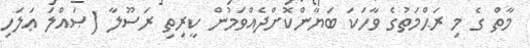
މާތް ގެ މި ރަޙްމަތުގެ ވާހަކަ ބަޔާންކޮށްދެއްވަމުން ކީރިތި ރަސޫލާ (ޞައްލަ ޢަލަހި